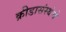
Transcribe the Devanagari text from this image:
क्रीडासंस्थेचे